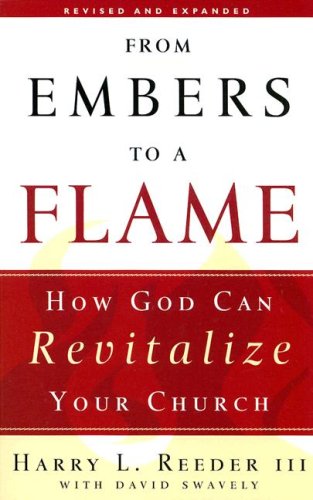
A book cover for From Embers to a Flame: How God Can Revitalize Your Church; Harry L. Reeder III; Christian Books & Bibles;